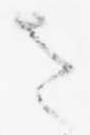
さ